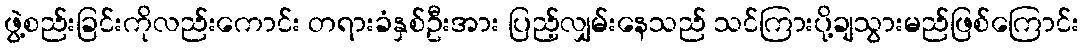
ဖွဲ့စည်းခြင်းကိုလည်းကောင်း တရားခံနှစ်ဦးအား ပြည့်လျှမ်းနေသည် သင်ကြားပို့ချသွားမည်ဖြစ်ကြောင်း